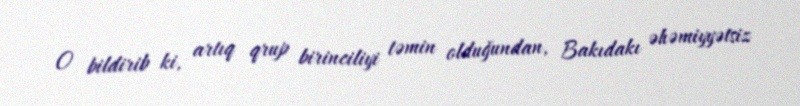
O bildirib ki, artıq qrup birinciliyi təmin olduğundan, Bakıdakı əhəmiyyətsiz